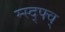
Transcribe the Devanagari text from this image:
म्स्द्फ्व्